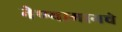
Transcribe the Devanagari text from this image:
नेण्यामागचे